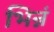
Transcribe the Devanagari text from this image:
भिन्नं